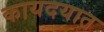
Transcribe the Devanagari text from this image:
कायदयात